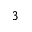
^ 3